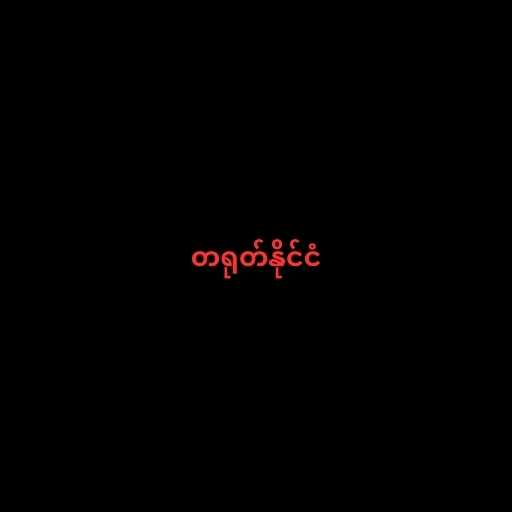
တရုတ်နိုင်ငံ